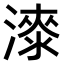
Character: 𣾰